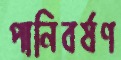
পানিবর্ষণ